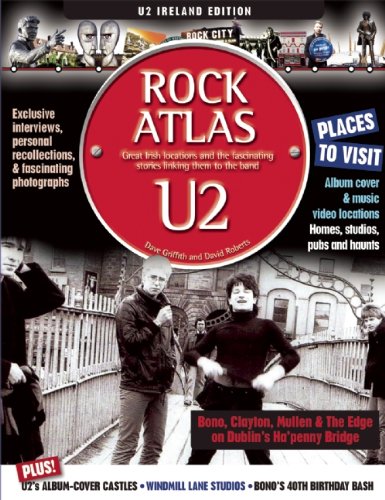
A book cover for Rock Atlas U2; Dave Griffith; Travel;